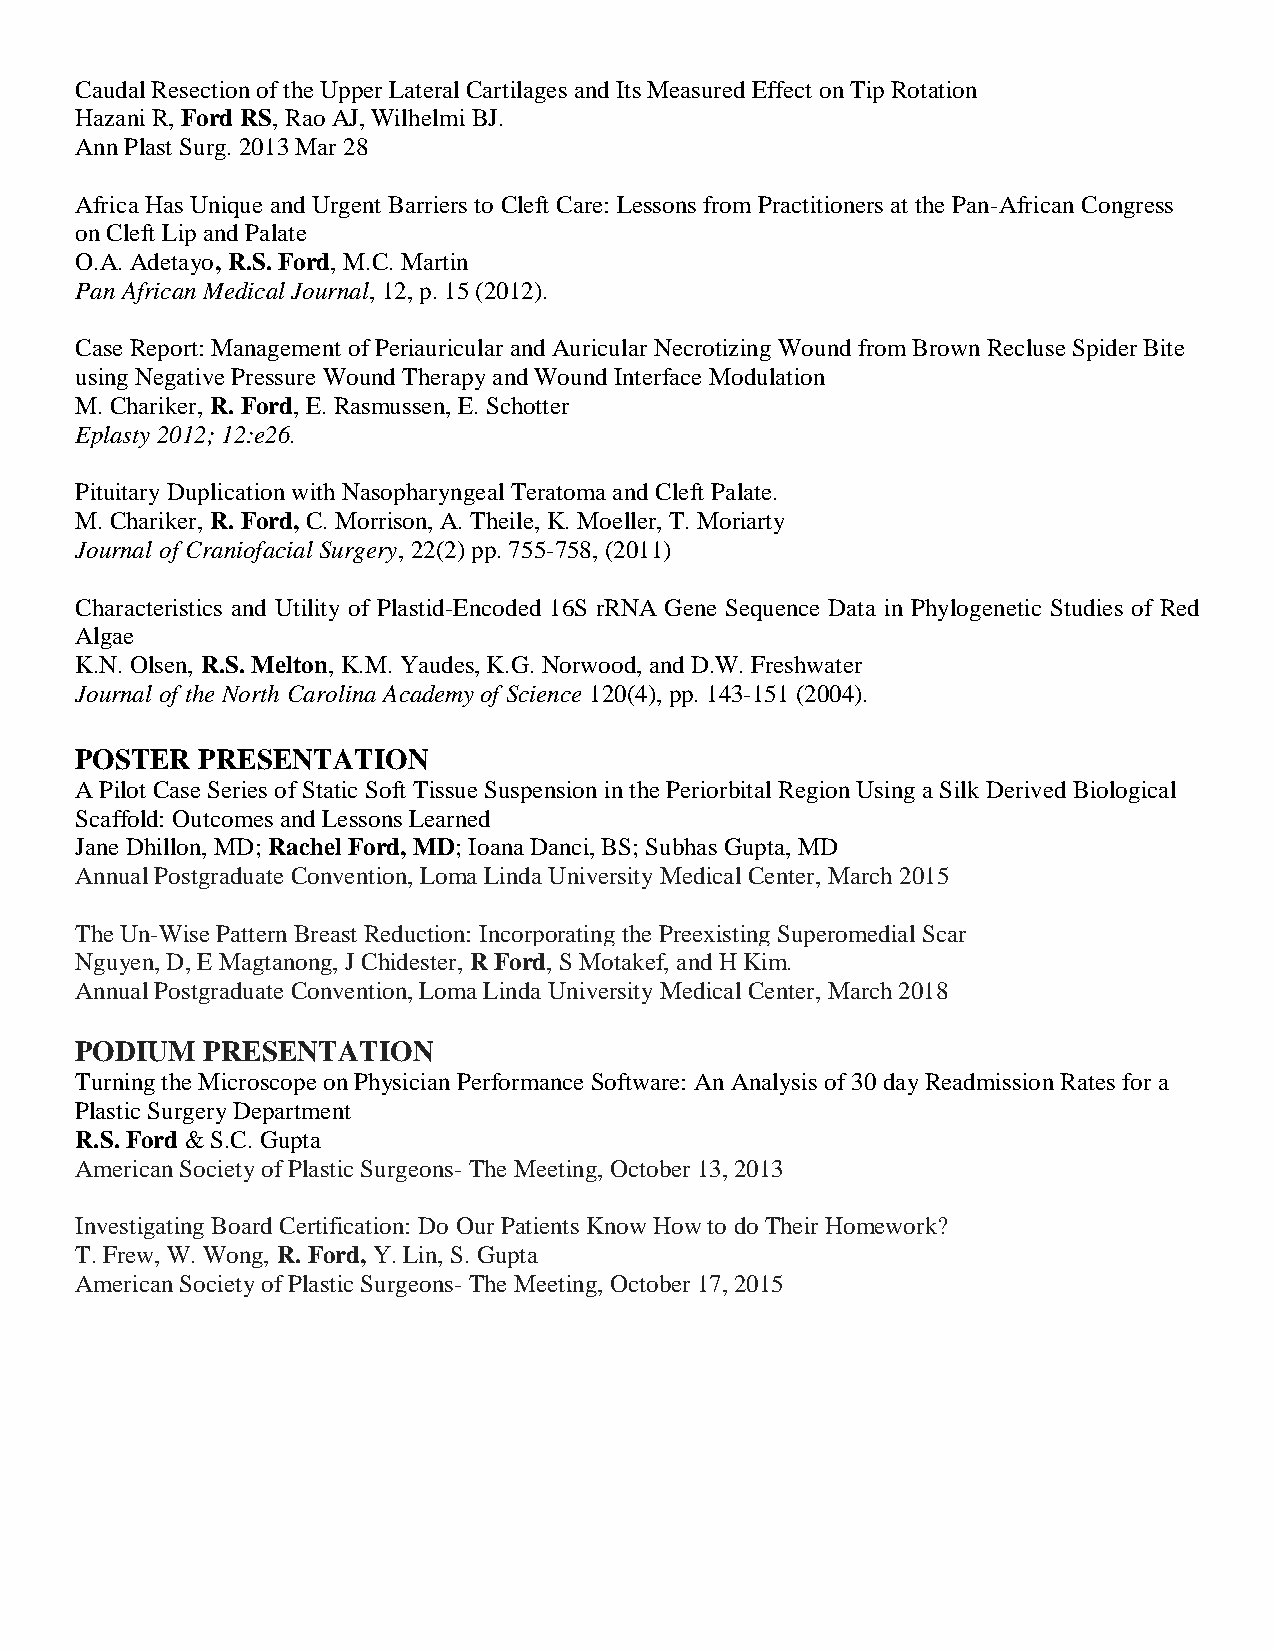
Caudal Resection of the Upper Lateral Cartilages and Its Measured Effect on Tip Rotation
 Hazani R, Ford RS, Rao AJ, Wilhelmi BJ.
 Ann Plast Surg. 2013 Mar 28
 Africa Has Unique and Urgent Barriers to Cleft Care: Lessons from Practitioners at the Pan-African Congress
 on Cleft Lip and Palate
 O.A. Adetayo, R.S. Ford, M.C. Martin
 Pan African Medical Journal, 12, p. 15 (2012).
 Case Report: Management of Periauricular and Auricular Necrotizing Wound from Brown Recluse Spider Bite
 using Negative Pressure Wound Therapy and Wound Interface Modulation
 M. Chariker, R. Ford, E. Rasmussen, E. Schotter
 Eplasty 2012; 12:e26.
 Pituitary Duplication with Nasopharyngeal Teratoma and Cleft Palate.
 M. Chariker, R. Ford, C. Morrison, A. Theile, K. Moeller, T. Moriarty
 Journal of Craniofacial Surgery, 22(2) pp. 755-758, (2011)
 Characteristics and Utility of Plastid-Encoded 16S rRNA Gene Sequence Data in Phylogenetic Studies of Red
 Algae
 K.N. Olsen, R.S. Melton, K.M. Yaudes, K.G. Norwood, and D.W. Freshwater
 Journal of the North Carolina Academy of Science 120(4), pp. 143-151 (2004).
 POSTER  PRESENTATION
 A Pilot Case Series of Static Soft Tissue Suspension in the Periorbital Region Using a Silk Derived Biological
 Scaffold: Outcomes and Lessons Learned
 Jane Dhillon, MD; Rachel Ford, MD; Ioana Danci, BS; Subhas Gupta, MD
 Annual Postgraduate Convention, Loma Linda University Medical Center, March 2015
 The Un-Wise Pattern Breast Reduction: Incorporating the Preexisting Superomedial Scar
 Nguyen, D, E Magtanong, J Chidester, R Ford, S Motakef, and H Kim.
 Annual Postgraduate Convention, Loma Linda University Medical Center, March 2018
 PODIUM   PRESENTATION
 Turning the Microscope on Physician Performance Software: An Analysis of 30 day Readmission Rates for a
 Plastic Surgery Department
 R.S. Ford & S.C. Gupta
 American Society of Plastic Surgeons- The Meeting, October 13, 2013
 Investigating Board Certification: Do Our Patients Know How to do Their Homework?
 T. Frew, W. Wong, R. Ford, Y. Lin, S. Gupta
 American Society of Plastic Surgeons- The Meeting, October 17, 2015